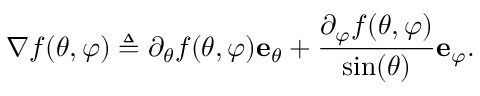
\nabla f ( \theta , \varphi ) \triangleq \partial _ { \theta } f ( \theta , \varphi ) \mathbf { e } _ { \theta } + \frac { \partial _ { \varphi } f ( \theta , \varphi ) } { \sin ( \theta ) } \mathbf { e } _ { \varphi } .